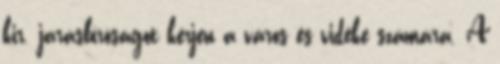
kir. járásbíróságot kérjen a város és vidéke számára. A